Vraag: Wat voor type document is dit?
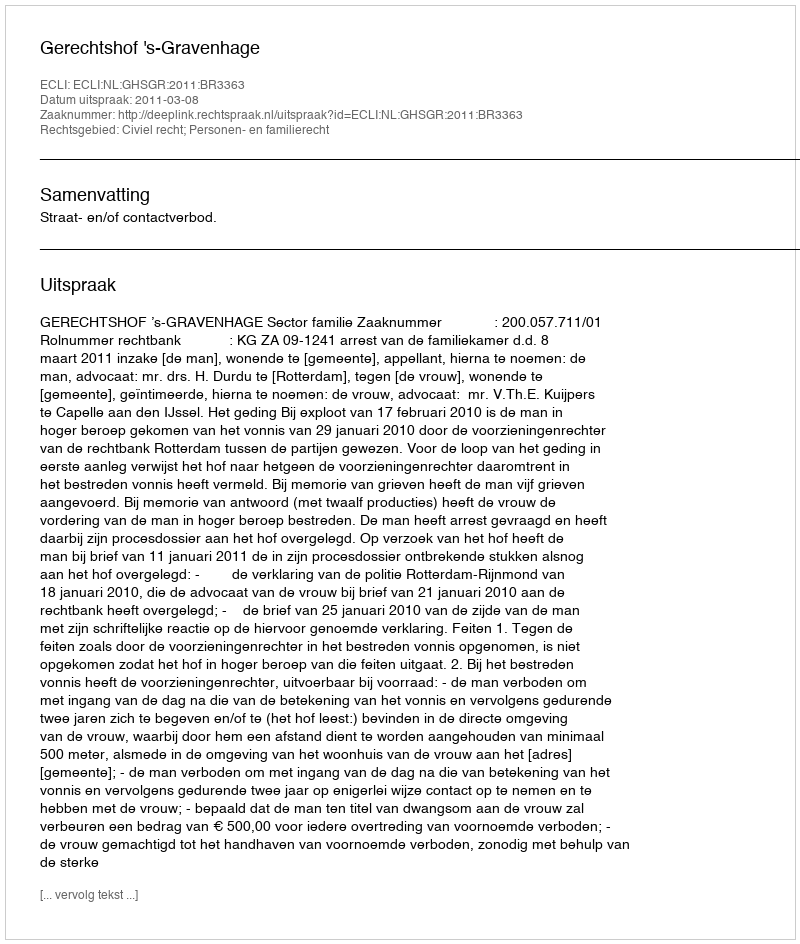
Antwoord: Uitspraak